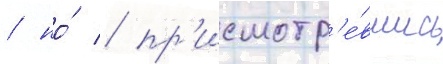
/ но́ / пр'исмотр'е́вшись